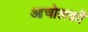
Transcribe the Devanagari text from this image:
आचोलकों